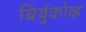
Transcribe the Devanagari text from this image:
बिर्युकोव्ह